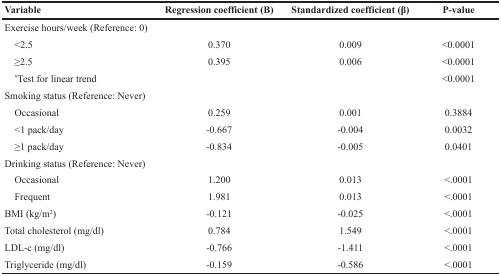
<table><thead><tr><td><b>Variable</b></td><td><b>Regression coefficient (B)</b></td><td><b>Standardized coefficient (β)</b></td><td><b>P-value</b></td></tr></thead><tbody><tr><td>Exercise hours/week (Reference: 0)</td><td></td><td></td><td></td></tr><tr><td> &lt;2.5</td><td>0.370</td><td>0.009</td><td>&lt;0.0001</td></tr><tr><td> ≥2.5</td><td>0.395</td><td>0.006</td><td>&lt;0.0001</td></tr><tr><td> <sup>*</sup>Test for linear trend</td><td></td><td></td><td>&lt;0.0001</td></tr><tr><td>Smoking status (Reference: Never)</td><td></td><td></td><td></td></tr><tr><td> Occasional</td><td>0.259</td><td>0.001</td><td>0.3884</td></tr><tr><td> &lt;1 pack/day</td><td>-0.667</td><td>-0.004</td><td>0.0032</td></tr><tr><td> ≥1 pack/day</td><td>-0.834</td><td>-0.005</td><td>0.0401</td></tr><tr><td>Drinking status (Reference: Never)</td><td></td><td></td><td></td></tr><tr><td> Occasional</td><td>1.200</td><td>0.013</td><td>&lt;.0001</td></tr><tr><td> Frequent</td><td>1.981</td><td>0.013</td><td>&lt;.0001</td></tr><tr><td>BMI (kg/m<sup>2</sup>)</td><td>-0.121</td><td>-0.025</td><td>&lt;.0001</td></tr><tr><td>Total cholesterol (mg/dl)</td><td>0.784</td><td>1.549</td><td>&lt;.0001</td></tr><tr><td>LDL-c (mg/dl)</td><td>-0.766</td><td>-1.411</td><td>&lt;.0001</td></tr><tr><td>Triglyceride (mg/dl)</td><td>-0.159</td><td>-0.586</td><td>&lt;.0001</td></tr></tbody></table>